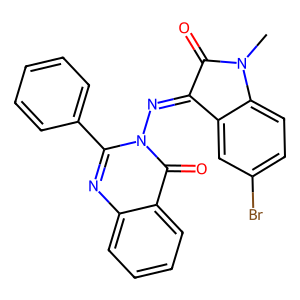
SMILES: CN1C(=O)C(=Nn2c(-c3ccccc3)nc3ccccc3c2=O)c2cc(Br)ccc21
Inhibits HIV replication: No